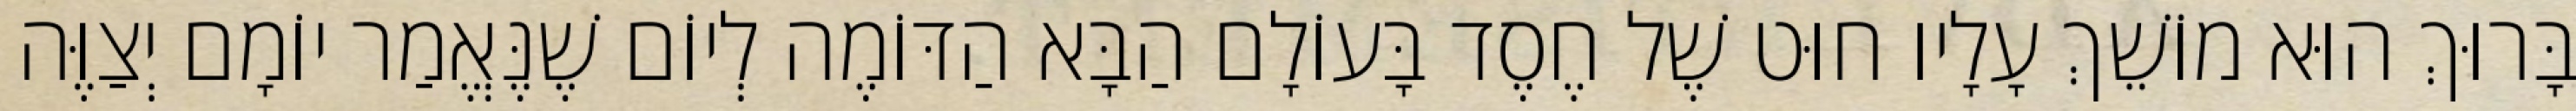
בָּרוּךְ הוּא מוֹשֵׁךְ עָלָיו חוּט שֶׁל חֶסֶד בָּעוֹלָם הַבָּא הַדּוֹמֶה לְיוֹם שֶׁנֶּאֱמַר יוֹמָם יְצַוֶּה